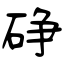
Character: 碀